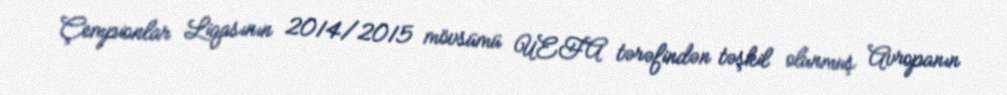
Çempionlar Liqasının 2014/2015 mövsümü UEFA tərəfindən təşkil olunmuş Avropanın